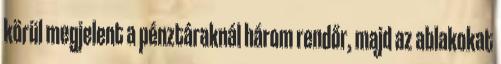
körül megjelent a pénztáraknál három rendőr, majd az ablakokat